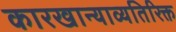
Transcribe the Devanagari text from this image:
कारखान्याव्यतिरिक्त